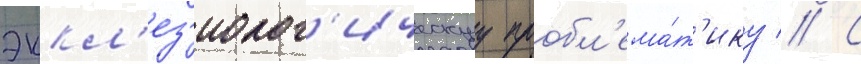
эккл'ез'иолог'ическуу пробл'ема́т'ику // С